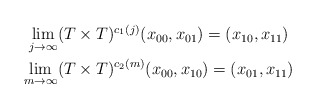
\begin{align*}\begin{gathered}\lim_{j\to\infty}(T \times T)^{c_1(j)}(x_{00},x_{01}) = (x_{10},x_{11}) \\\lim_{m\to\infty}(T \times T)^{c_2(m)}(x_{00},x_{10}) = (x_{01},x_{11})\end{gathered}\end{align*}